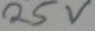
Text: 25v